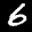
Label: 6